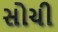
સોચી